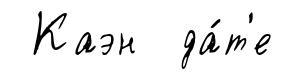
Каэн да́т'е